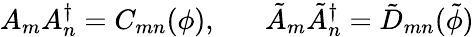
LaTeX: A_{m}A_{n}^{\dagger}=C_{mn}(\phi),\; \; \; \; \; \; \tilde{A}_{m}\tilde{A}_{n}^{\dagger}=\tilde{D}_{mn}(\tilde{\phi})